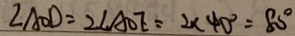
\angle A O D = 2 \angle A O E = 2 \times 4 0 ^ { \circ } = 8 0 ^ { \circ }